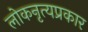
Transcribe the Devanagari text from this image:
लोकनृत्यप्रकार